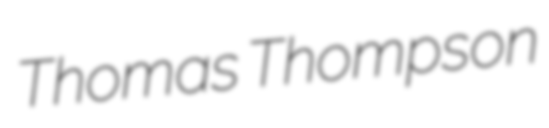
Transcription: Thomas Thompson